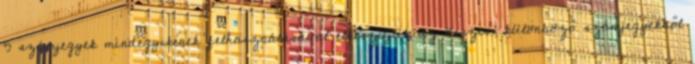
5 számjegyek mindegyikének felhasználásával elkészítjük az összes, különböző számjegyekből